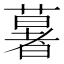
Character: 𦾧